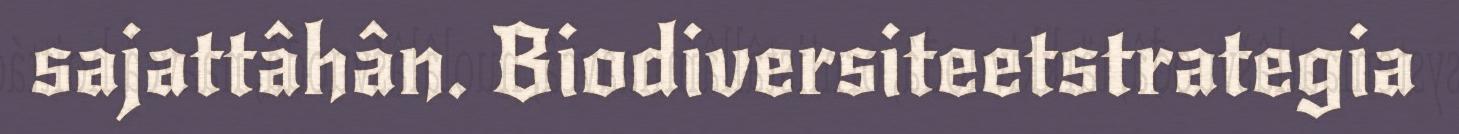
sajattâhân. Biodiversiteetstrategia